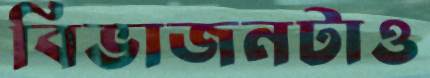
বিভাজনটাও